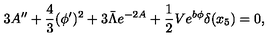
3 A ^ { \prime \prime } + \frac { 4 } { 3 } ( \phi ^ { \prime } ) ^ { 2 } + 3 \bar { \Lambda } e ^ { - 2 A } + \frac { 1 } { 2 } V e ^ { b \phi } \delta ( x _ { 5 } ) = 0 ,